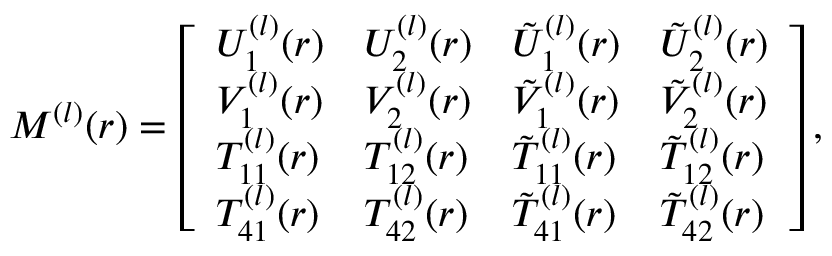
\begin{array} { r } { M ^ { ( l ) } ( r ) = \left[ \begin{array} { l l l l } { U _ { 1 } ^ { ( l ) } ( r ) } & { U _ { 2 } ^ { ( l ) } ( r ) } & { \tilde { U } _ { 1 } ^ { ( l ) } ( r ) } & { \tilde { U } _ { 2 } ^ { ( l ) } ( r ) } \\ { V _ { 1 } ^ { ( l ) } ( r ) } & { V _ { 2 } ^ { ( l ) } ( r ) } & { \tilde { V } _ { 1 } ^ { ( l ) } ( r ) } & { \tilde { V } _ { 2 } ^ { ( l ) } ( r ) } \\ { T _ { 1 1 } ^ { ( l ) } ( r ) } & { T _ { 1 2 } ^ { ( l ) } ( r ) } & { \tilde { T } _ { 1 1 } ^ { ( l ) } ( r ) } & { \tilde { T } _ { 1 2 } ^ { ( l ) } ( r ) } \\ { T _ { 4 1 } ^ { ( l ) } ( r ) } & { T _ { 4 2 } ^ { ( l ) } ( r ) } & { \tilde { T } _ { 4 1 } ^ { ( l ) } ( r ) } & { \tilde { T } _ { 4 2 } ^ { ( l ) } ( r ) } \end{array} \right] , } \end{array}